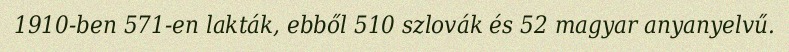
1910-ben 571-en lakták, ebből 510 szlovák és 52 magyar anyanyelvű.